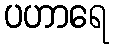
ပဟာရေ